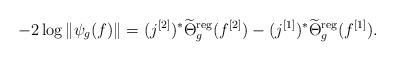
LaTeX: \begin{align*}-2\log\|\psi_g( f ) \| = ( j^{ [2] })^* \widetilde{\Theta}^\mathrm{reg}_g( f^{ [2] } ) - ( j^{ [1] })^* \widetilde{\Theta}^\mathrm{reg}_g( f^{ [1]} ) .\end{align*}